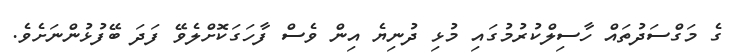
ގެ މަގްސަދުތައް ހާސިލްކުރުމުގައި މުޅި ދުނިޔެ އިން ވެސް ފާހަގަކޮށްލެވޭ ފަދަ ބޭފުޅުންނަށެވެ.